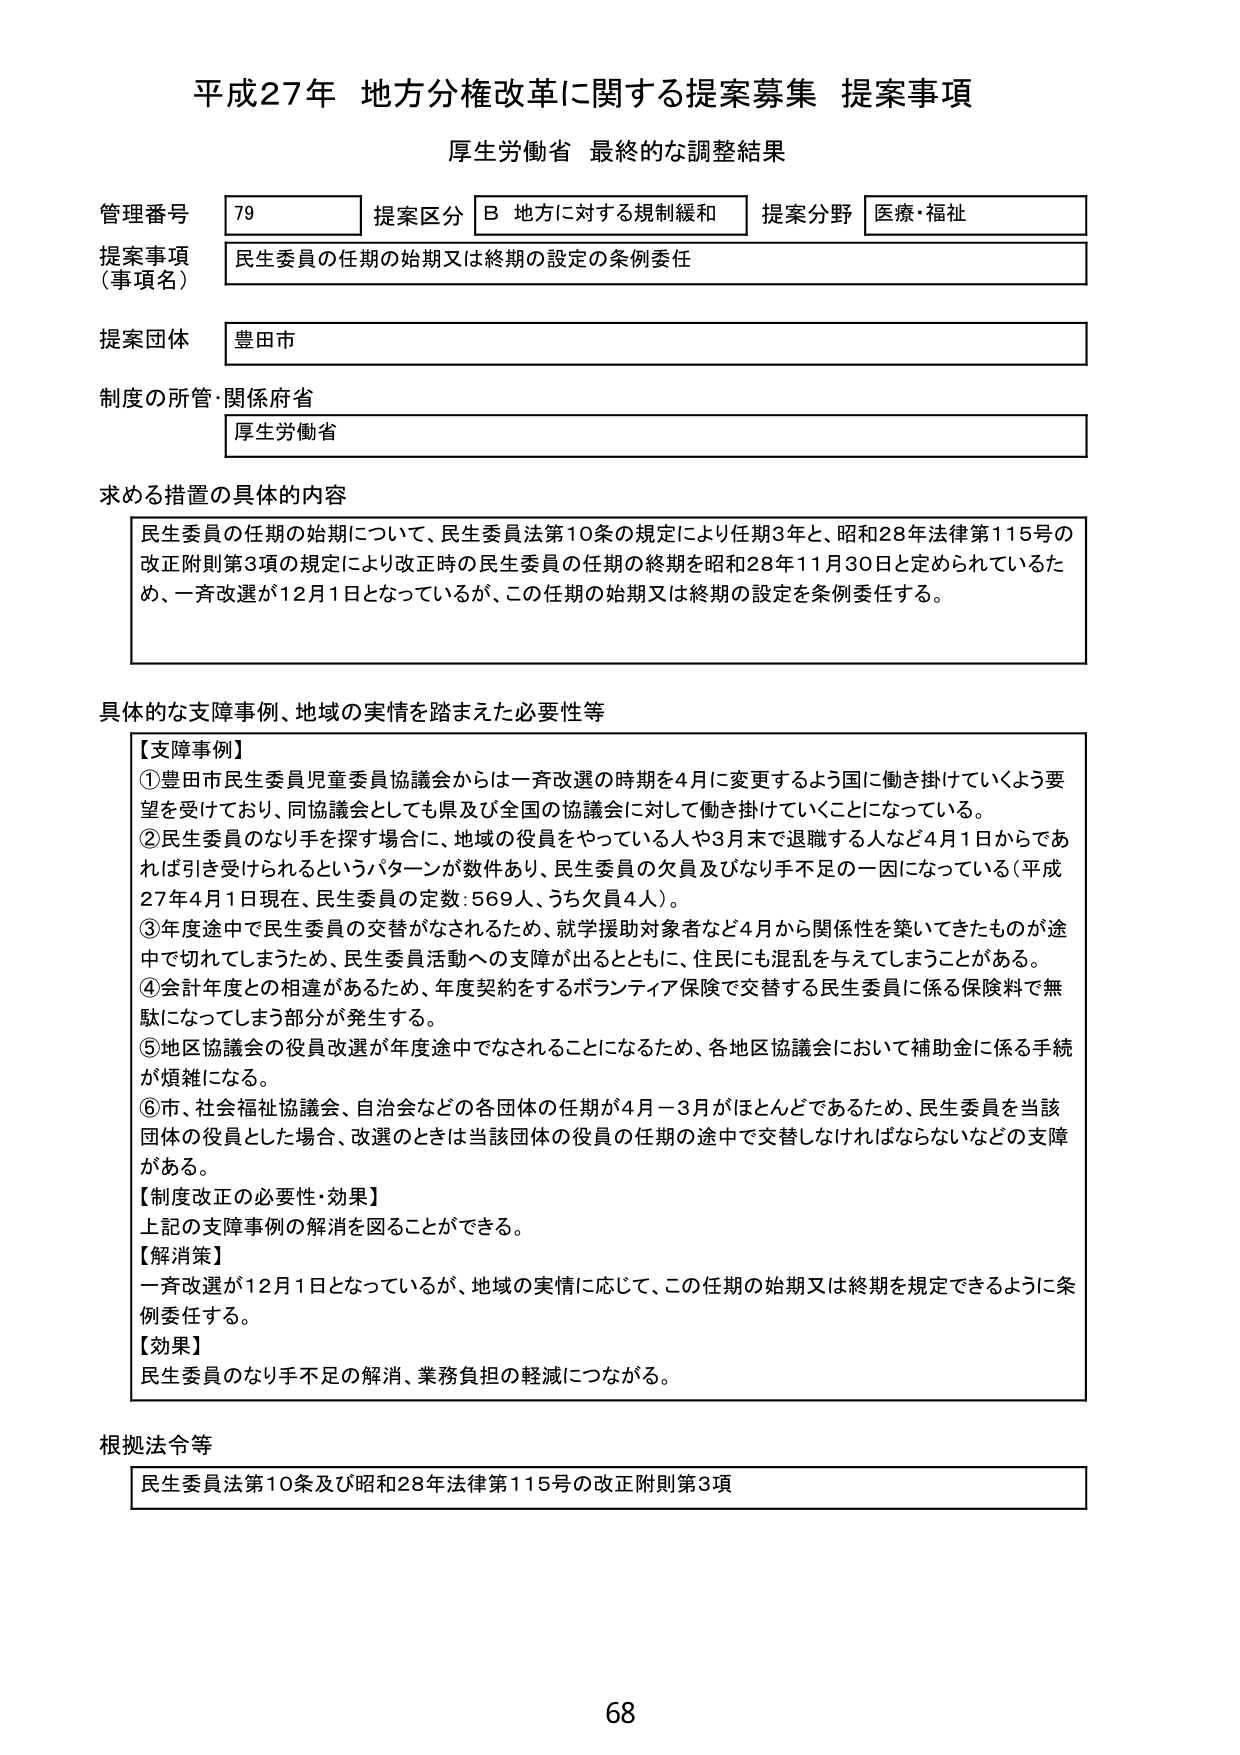
平成27年 地方分権改革に関する提案募集 提案事項
厚生労働省 最終的な調整結果

管理番号 79
提案区分 B 地方に対する規制緩和
提案分野 医療・福祉

提案事項（事項名）
民生委員の任期の始期又は終期の設定の条例委任

提案団体
豊田市

制度の所管・関係府省
厚生労働省

求める措置の具体的内容
民生委員の任期の始期について、民生委員法第10条の規定により任期3年と、昭和28年法律第115号の改正附則第3項の規定により改正時の民生委員の任期の終期を昭和28年11月30日と定められているため、一斉改選が12月1日となっているが、この任期の始期又は終期の設定を条例委任する。

具体的な支障事例、地域の実情を踏まえた必要性等
【支障事例】
①豊田市民生委員児童委員協議会からは一斉改選の時期を4月に変更するよう国に働き掛けていくよう要望を受けており、同協議会としても県及び全国の協議会に対して働き掛けていくことになっている。
②民生委員のなり手を探す場合に、地域の役員をやっている人や3月末で退職する人など4月1日からであれば引き受けられるというパターンが数件あり、民生委員の欠員及びなり手不足の一因になっている（平成27年4月1日現在、民生委員の定数：569人、うち欠員4人）。
③年度途中で民生委員の交替がなされるため、就学援助対象者など4月から関係性を築いてきたものが途中で切れてしまうため、民生委員活動への支障が出るとともに、住民にも混乱を与えてしまうことがある。
④会計年度との相違があるため、年度契約をするボランティア保険で交替する民生委員に係る保険料で無駄になってしまう部分が発生する。
⑤地区協議会の役員改選が年度途中でなされることになるため、各地区協議会において補助金に係る手続が煩雑になる。
⑥市、社会福祉協議会、自治会などの各団体の任期が4月－3月がほとんどであるため、民生委員を当該団体の役員とした場合、改選のときは当該団体の役員の任期の途中で交替しなければならないなどの支障がある。
【制度改正の必要性・効果】
上記の支障事例の解消を図ることができる。
【解消策】
一斉改選が12月1日となっているが、地域の実情に応じて、この任期の始期又は終期を規定できるように条例委任する。
【効果】
民生委員のなり手不足の解消、業務負担の軽減につながる。

根拠法令等
民生委員法第10条及び昭和28年法律第115号の改正附則第3項

68